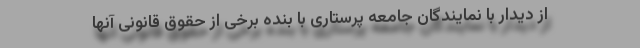
از دیدار با نمایندگان جامعه پرستاری با بنده برخی از حقوق قانونی آنها